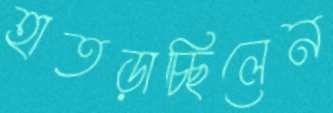
হাতড়াচ্ছিলেন